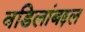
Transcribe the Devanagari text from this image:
वडिलांबद्दल